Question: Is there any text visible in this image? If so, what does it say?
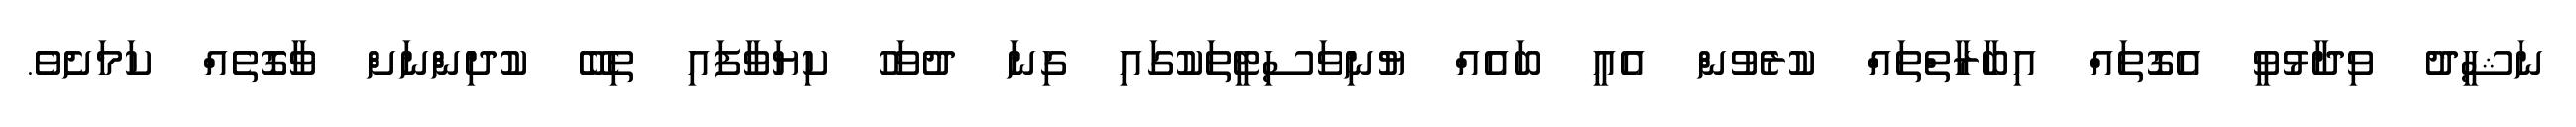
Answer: ނަޝީދު ވިދާޅުވީ އެގޮތައް އިބާރާތްތައް ކުރެވުން އެއީ ބައެއް ޔުނިވަސިޓީތަކުގައި ގިނަ ދުވަހު ކިޔަވާފައި ތިބޭ ކުދިންނަށް ވާގޮތެއް ކަމަށެވެ.